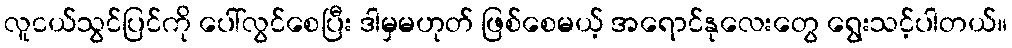
လူငယ်သွင်ပြင်ကို ပေါ်လွင်စေပြီး ဒါမှမဟုတ် ဖြစ်စေမယ့် အရောင်နုလေးတွေ ရွေးသင့်ပါတယ်။